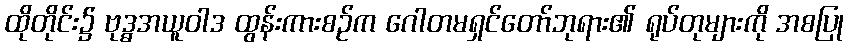
ထိုတိုင်း၌ ဗုဒ္ဓအယူဝါဒ ထွန်းကားစဉ်က ဂေါတမရှင်တော်ဘုရား၏ ရုပ်တုများကို အစပြု